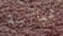
بممارسة